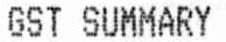
GST SUMMARY